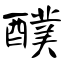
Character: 醭